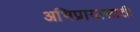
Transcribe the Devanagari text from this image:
अभिप्रायासाठी